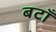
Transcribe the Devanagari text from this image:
बटाँ